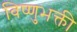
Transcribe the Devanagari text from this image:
विष्णुभक्ती